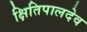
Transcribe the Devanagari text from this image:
क्षितिपालदेव